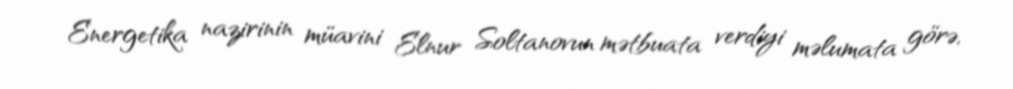
Energetika nazirinin müavini Elnur Soltanovun mətbuata verdiyi məlumata görə,